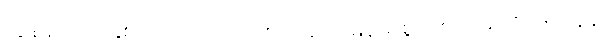
လွန်ခဲ့တဲ့ အနှစ် ၆၀ ကျော်က ထုတ်ခဲ့တဲ့ မြန်မာ့စွယ်စုံကျမ်းကို ၂၅ တွဲနဲ့